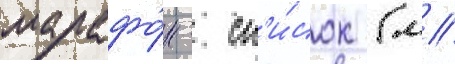
марафо́н - сп'и́сок (м/